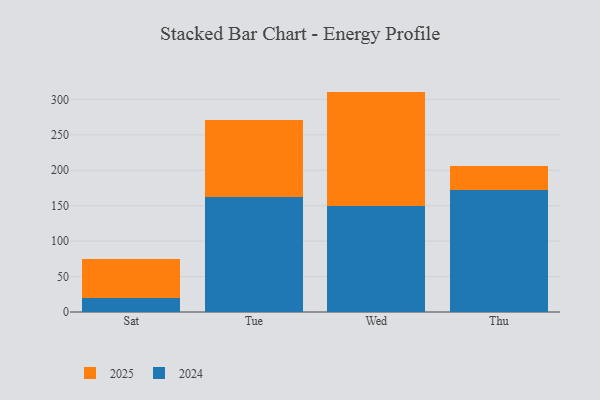
{"axis": {"x": "Day", "y": "Temperature (°C)"}, "legend": ["2024", "2025"], "data": [{"x": "Sat", "y": 19.1, "type": "2024"}, {"x": "Sat", "y": 55.9, "type": "2025"}, {"x": "Tue", "y": 161.8, "type": "2024"}, {"x": "Tue", "y": 109.0, "type": "2025"}, {"x": "Wed", "y": 150.2, "type": "2024"}, {"x": "Wed", "y": 160.8, "type": "2025"}, {"x": "Thu", "y": 172.7, "type": "2024"}, {"x": "Thu", "y": 33.1, "type": "2025"}]}